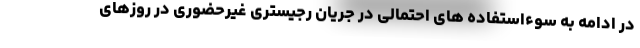
در ادامه به سوءاستفاده های احتمالی در جریان رجیستری غیرحضوری در روزهای